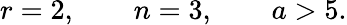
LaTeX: r=2,\qquad n=3,\qquad a>5.